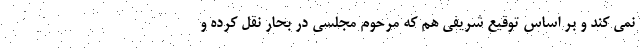
نمی کند و بر اساس توقیع شریفی هم که مرحوم مجلسی در بحار نقل کرده و